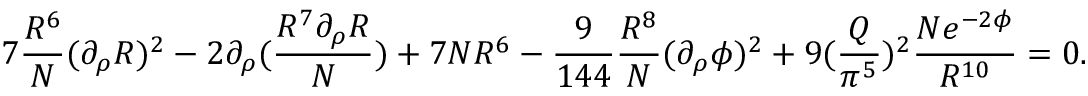
7 { \frac { R ^ { 6 } } { N } } ( \partial _ { \rho } R ) ^ { 2 } - 2 \partial _ { \rho } ( { \frac { R ^ { 7 } \partial _ { \rho } R } { N } } ) + 7 N R ^ { 6 } - { \frac { 9 } { 1 4 4 } } { \frac { R ^ { 8 } } { N } } ( \partial _ { \rho } \phi ) ^ { 2 } + 9 ( { \frac { Q } { \pi ^ { 5 } } } ) ^ { 2 } { \frac { N e ^ { - 2 \phi } } { R ^ { 1 0 } } } = 0 .